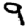
Digit: 9